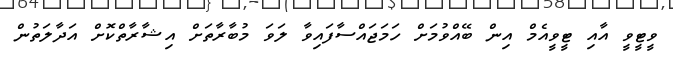
ވީޓީވީ އާއި ޓީވީއެމް އިން ބޭއްވުމަށް ހަމަޖައްސާފައިވާ ލަވަ މުބާރާތަށް އިޝާރާތްކޮށް އަދާލަތުން